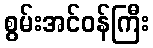
စွမ်းအင်ဝန်ကြီး